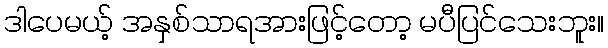
ဒါပေမယ့် အနှစ်သာရအားဖြင့်တော့ မပီပြင်သေးဘူး။